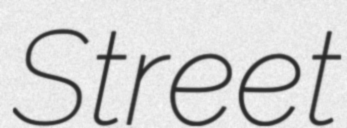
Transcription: Street